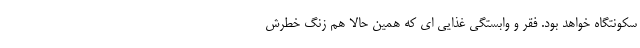
سکونتگاه خواهد بود. فقر و وابستگی غذایی ای که همین حالا هم زنگ خطرش